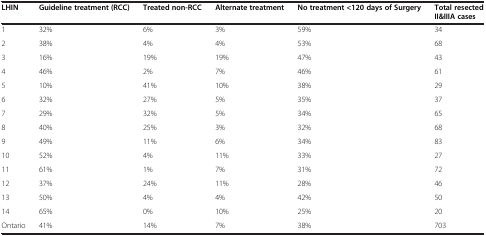
<table><thead><tr><td><b>LHIN</b></td><td><b>Guideline treatment (RCC)</b></td><td><b>Treated non-RCC</b></td><td><b>Alternate treatment</b></td><td><b>No treatment &lt;120 days of Surgery</b></td><td><b>Total resected II&amp;IIIA cases</b></td></tr></thead><tbody><tr><td>1</td><td>32%</td><td>6%</td><td>3%</td><td>59%</td><td>34</td></tr><tr><td>2</td><td>38%</td><td>4%</td><td>4%</td><td>53%</td><td>68</td></tr><tr><td>3</td><td>16%</td><td>19%</td><td>19%</td><td>47%</td><td>43</td></tr><tr><td>4</td><td>46%</td><td>2%</td><td>7%</td><td>46%</td><td>61</td></tr><tr><td>5</td><td>10%</td><td>41%</td><td>10%</td><td>38%</td><td>29</td></tr><tr><td>6</td><td>32%</td><td>27%</td><td>5%</td><td>35%</td><td>37</td></tr><tr><td>7</td><td>29%</td><td>32%</td><td>5%</td><td>34%</td><td>65</td></tr><tr><td>8</td><td>40%</td><td>25%</td><td>3%</td><td>32%</td><td>68</td></tr><tr><td>9</td><td>49%</td><td>11%</td><td>6%</td><td>34%</td><td>83</td></tr><tr><td>10</td><td>52%</td><td>4%</td><td>11%</td><td>33%</td><td>27</td></tr><tr><td>11</td><td>61%</td><td>1%</td><td>7%</td><td>31%</td><td>72</td></tr><tr><td>12</td><td>37%</td><td>24%</td><td>11%</td><td>28%</td><td>46</td></tr><tr><td>13</td><td>50%</td><td>4%</td><td>4%</td><td>42%</td><td>50</td></tr><tr><td>14</td><td>65%</td><td>0%</td><td>10%</td><td>25%</td><td>20</td></tr><tr><td>Ontario</td><td>41%</td><td>14%</td><td>7%</td><td>38%</td><td>703</td></tr></tbody></table>